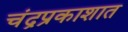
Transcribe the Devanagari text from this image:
चंद्रप्रकाशात